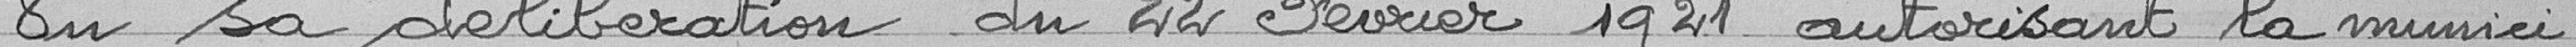
Vu sa délibération du 22 février 1921 autorisation la munici-